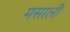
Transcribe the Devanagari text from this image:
मसाली